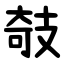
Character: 攲